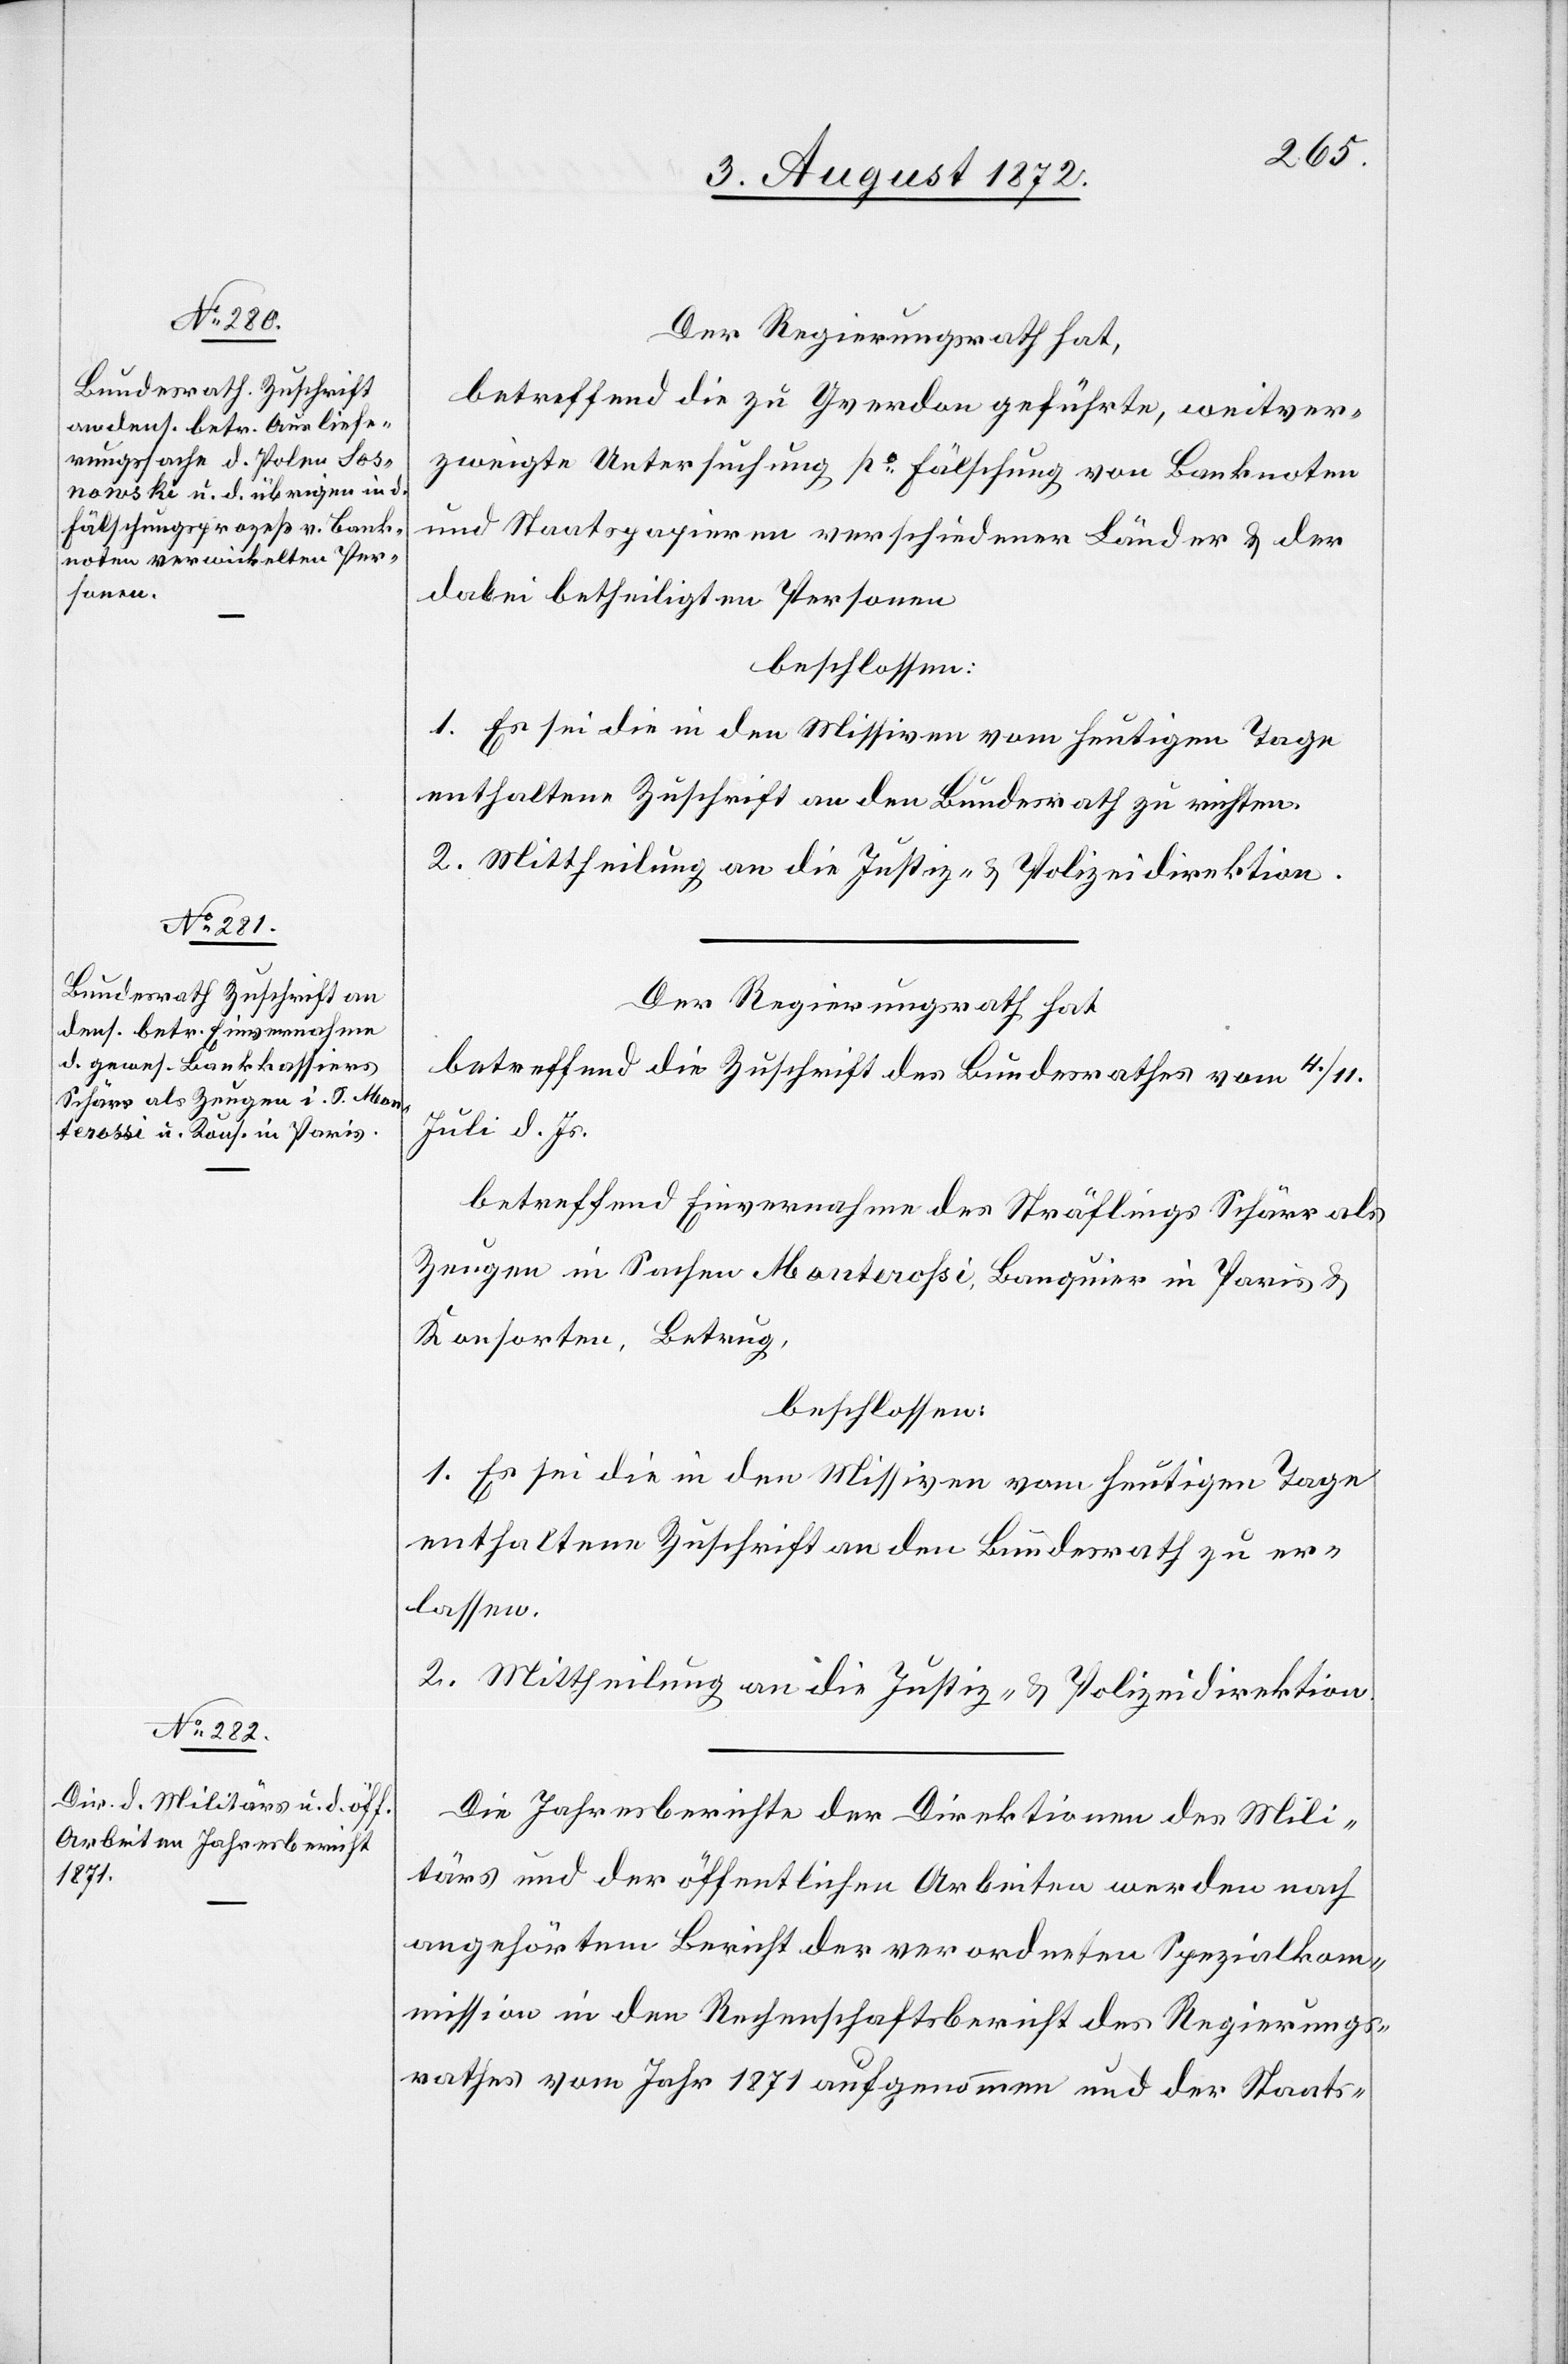
Der Regierungsrath hat,
betreffend die zu Yverdon geführte, weitver¬
zweigte Untersuchung po Fälschung von Banknoten
und Staatspapieren verschiedenen Länder u. der
dabei betheiligten Personen
beschlossen:
1. Es sei die in den Missiven vom heutigen Tage
enthaltene Zuschrift an den Bundesrath zu richten.
2. Mittheilung an die Justiz- u. Polizeidirektion.
Der Regierungsrath hat
betreffend die Zuschrift des Bundesrathes vom 4./11.
Juli d. Js.
betreffend Einvernahme des Sträflings Schärr als
Zeugen in Sachen Monterossi, Banquier in Paris u.
Konsorten, Betrug,
beschlossen:
1. Es sei die in den Missiven vom heutigen Tage
enthaltene Zuschrift an den Bundesrath zu er¬
lassen.
2. Mittheilung an die Justiz- u. Polizeidirektion.
Die Jahresberichte der Direktionen des Mili¬
tärs und der öffentlichen Arbeiten werden nach
angehörtem Bericht der verordneten Spezialkom¬
mission in den Rechenschaftsbericht des Regierungs¬
rathes vom Jahr 1871 aufgenommen und der Staats-